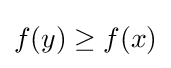
f(y)\geq f(x)